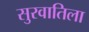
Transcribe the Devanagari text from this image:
सुरवातिला